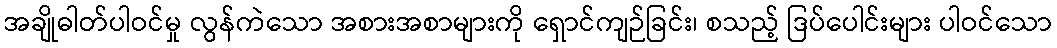
အချိုဓါတ်ပါဝင်မှု လွန်ကဲသော အစားအစာများကို ရှောင်ကျဉ်ခြင်း၊ စသည့် ဒြပ်ပေါင်းများ ပါဝင်သော